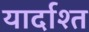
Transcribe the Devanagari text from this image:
यार्दाश्त